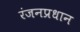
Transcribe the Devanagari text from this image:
रंजनप्रधान